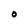
Character: O